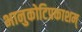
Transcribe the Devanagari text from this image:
भानुकोटिप्रकाशम्